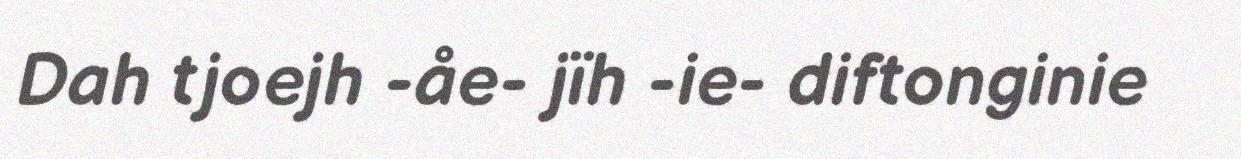
Dah tjoejh -åe- jïh -ie- diftonginie